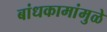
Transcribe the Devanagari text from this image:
बांधकामांमुळे